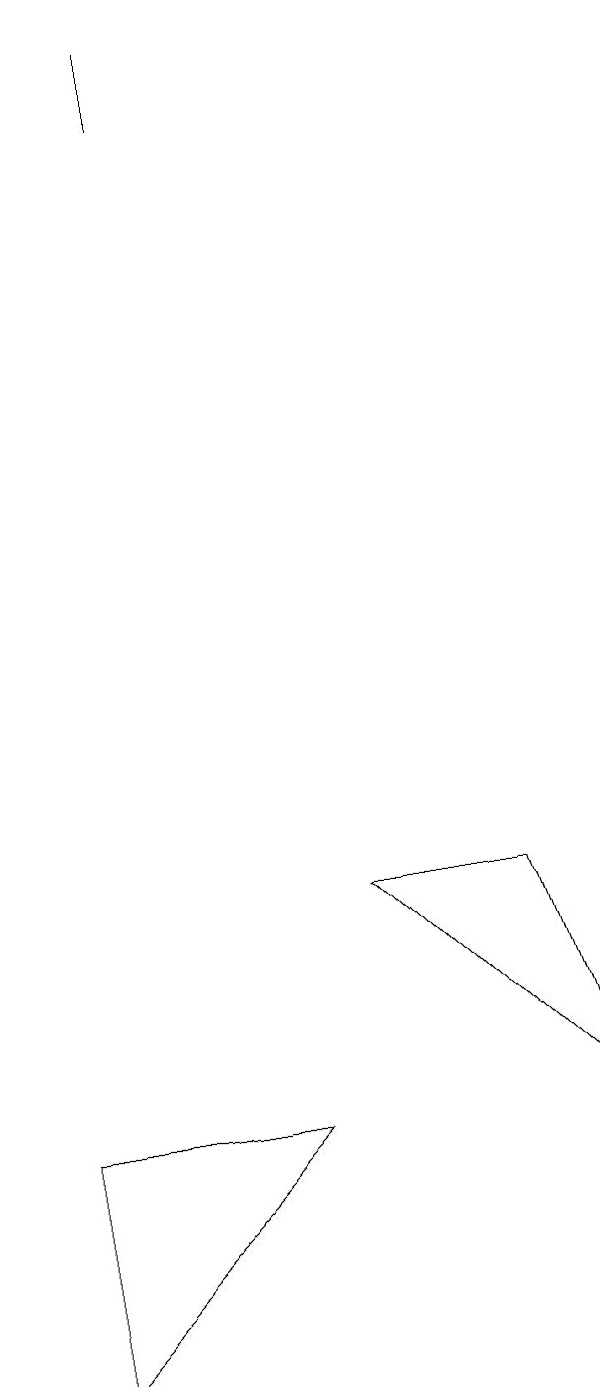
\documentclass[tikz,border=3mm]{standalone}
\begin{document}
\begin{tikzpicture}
\draw (0,3) -- (3,3) -- (0,0) -- cycle;
\draw (6,6) -- (4,6) -- (7,3) -- cycle;
\draw (2,17) rectangle (2,16);
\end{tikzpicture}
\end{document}